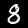
Label: 8